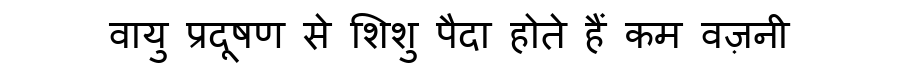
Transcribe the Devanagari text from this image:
वायु प्रदूषण से शिशु पैदा होते हैं कम वज़नी